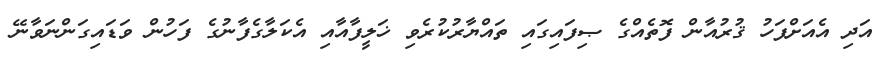
އަދި އެއަށްފަހު ޤުރުއާން ފޮތެއްގެ ޞިފައިގައި ތައްޔާރުކުރެވި ޚަލީފާއާއި އެކަލާގެފާނުގެ ފަހުން ވަޑައިގަންނަވާނޭ